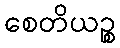
စေတိယဉ္စ